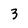
Character: 3